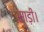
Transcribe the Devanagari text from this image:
साड़ी।